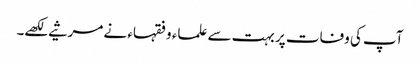
آپ کی وفات پر بہت سے علماء و فقہاء نے مرثیے لکھے۔